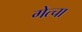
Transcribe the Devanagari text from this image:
गेत्चा